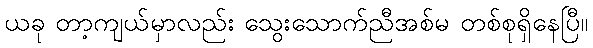
ယခု တာ့ကျယ်မှာလည်း သွေးသောက်ညီအစ်မ တစ်စုရှိနေပြီ။